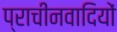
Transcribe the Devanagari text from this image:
प्राचीनवादियों